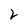
Character: 2